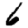
Digit: 6